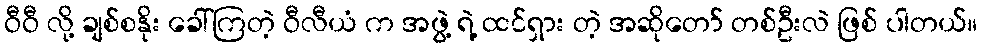
ဝီဝီ လို့ ချစ်စနိုး ခေါ်ကြတဲ့ ဝီလီယံ က အဖွဲ့ ရဲ့ ထင်ရှား တဲ့ အဆိုတော် တစ်ဦးလဲ ဖြစ် ပါတယ်။